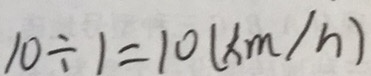
1 0 \div 1 = 1 0 ( k m / h )